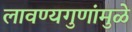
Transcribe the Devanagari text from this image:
लावण्यगुणांमुळे